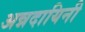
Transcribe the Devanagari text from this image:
अन्नदायिनी